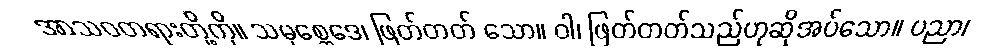
အာသဝတရားတို့ကို။ သမုစ္ဆေဒေ၊ ဖြတ်တတ် သော။ ဝါ၊ ဖြတ်တတ်သည်ဟုဆိုအပ်သော။ ပညာ၊